Veterinary [1916] -
Year: 1916
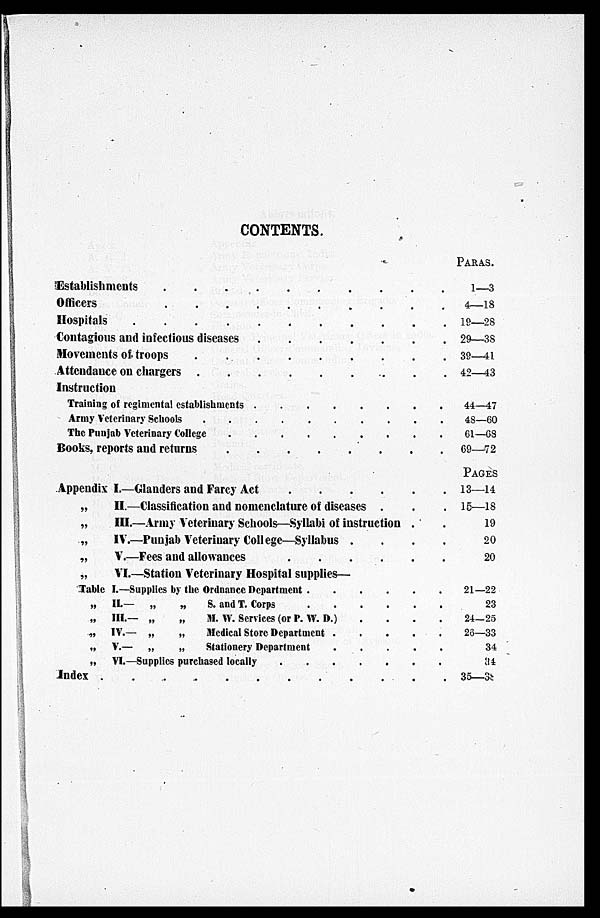
CONTENTS.
Establishments
Officers
Hospitals
Contagious and infectious diseases
Movements of troops
Attendance on chargers
Instruction
Training of regimental establishments . . . . . .
Army Veterinary Schools . . . . . . . . . . .
The Punjab Veterinary College . . . . . . . . .
Books, reports and returns
Appendix I.—Glanders and Farcy Act
„
II.—Classification and nomenclature of diseases . .
„
III.—Army Veterinary Schools—Syllabi of instruction .
„
IV.—Punjab Veterinary College—Syllabus . . .
„
V.—Fees and allowances
„
VI.—Station Veterinary Hospital supplies—
Table I.—Supplies by the Ordnance Department
„ II.— „
„
S. and T. Corps
„ III.— „
„
M. W. Services (or P. W. D.)
„ IV.— „
„
Medical Store Department .
.
.
.
„ V.— „
„
Stationery Department
.
.
.
.
„ VI.—Supplies purchased locally
Index
PARAS.
1—3
4—18
19—28
29—38
39—41
42—43
44—47
48—60
61—68
69—72
PAGES
13—14
15—18
19
20
20
21—22
23
24—25
26—33
34
34
35—38